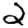
Digit: 2